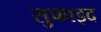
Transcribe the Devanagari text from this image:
सुफाइद